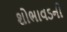
શોભાવડની